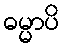
ဓမ္မာပိ